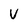
Character: V